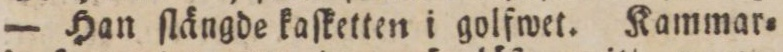
— Han ſlängde kaſketten i golfwet. Kammar=